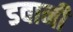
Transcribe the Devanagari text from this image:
डवानी